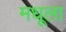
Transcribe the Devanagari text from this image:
मधूला